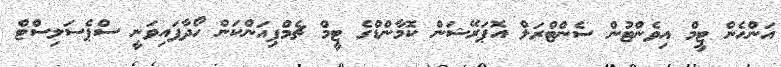
އަންހެން ޓީމް އިވެންޓުން ސެންޓްރަލް އޮޕަރޭޝަން ކޮމާންޑްގެ ޓީމް ޗެމްޕިއަންކަން ހޯދާފައިވަނީ ސްޕެސަލިސްޓް